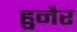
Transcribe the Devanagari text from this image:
हुनैर